Vaccination in Bombay 1924-1928 - 1924-1928
Year: 1924
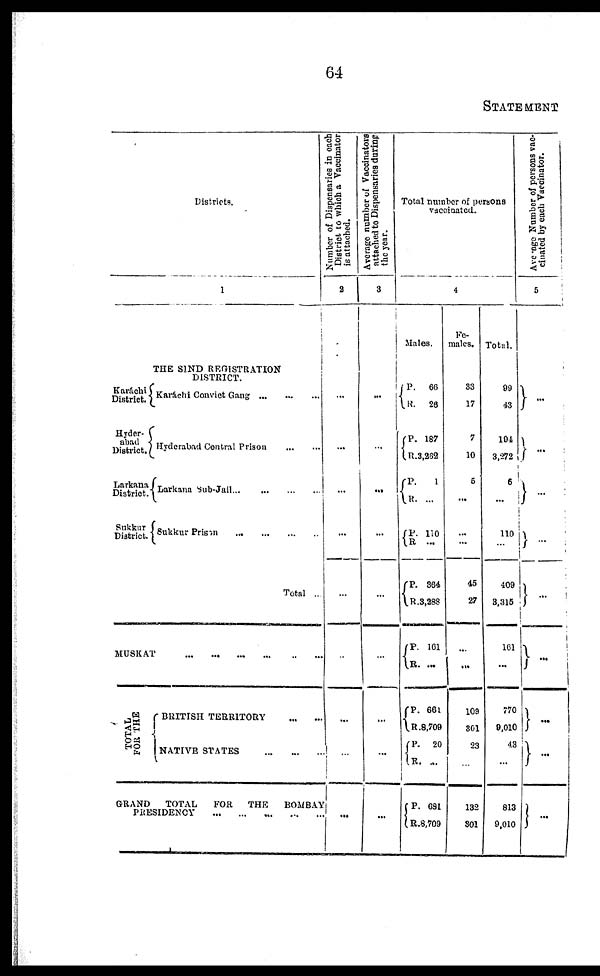
64
STATEMENT
Districts.
1
THE SIND REGISTRATION
DISTRICT.
Karáchi
District.
Hyder¬
abad
District.
Larkana
District.
Sukkur
District.
Karachi Convict Gang
...
...
...
Hyderabad Central Prison
...
...
Larkana Sub-Jail
...
...
...
...
Sukkur Prison
...
...
...
...
Total ...
MUSKAT
...
...
...
...
...
...
TOTAL
FOR THE
BRITISH TERRITORY
...
...
NATIVE STATES
...
...
...
GRAND
TOTAL
FOR
THE
BOMBAY
PRESIDENCY
...
...
...
...
...
Number of Dispensaries in each
District to which a Vaccinator
is attached.
2
...
...
...
...
...
...
...
...
...
Average number of Vaccinators
attached to Dispensaries during
the
year.
3
...
...
...
...
...
...
...
...
...
Total number of persons
vaccinated.
4
Males.
P.
R.
P.
R.
P.
R.
P.
R.
P.
R.
P.
R.
P.
R.
P.
R.
P.
R.
66
26
187
3,232
1
. . .
110
...
364
3,288
161
...
661
8,709
20
...
681
8,709
Fe-
males.
33
17
7
10
5
...
...
...
45
27
...
...
109
301
23
...
132
301
Total.
99
43
194
3,272
6
...
110
...
409
3,315
161
...
770
9,010
43
...
813
9,010
Average Number of persons vac¬
cinated by each Vaccinator.
5
...
...
...
...
...
...
...
...
...